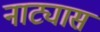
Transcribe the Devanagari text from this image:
नाट्यास